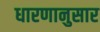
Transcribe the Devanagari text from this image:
धारणानुसार